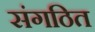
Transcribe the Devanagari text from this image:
संगठित